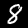
Label: 8